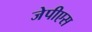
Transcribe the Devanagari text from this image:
जेपीएस